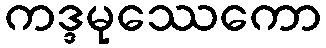
ကဒ္ဒမုဿေကော